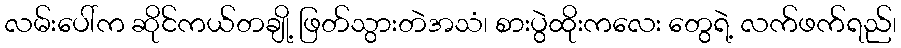
လမ်းပေါ်က ဆိုင်ကယ်တချို့ ဖြတ်သွားတဲအသံ၊ စားပွဲထိုးကလေး တွေရဲ့ လက်ဖက်ရည်၊